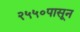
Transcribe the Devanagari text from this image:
२५५०पासून